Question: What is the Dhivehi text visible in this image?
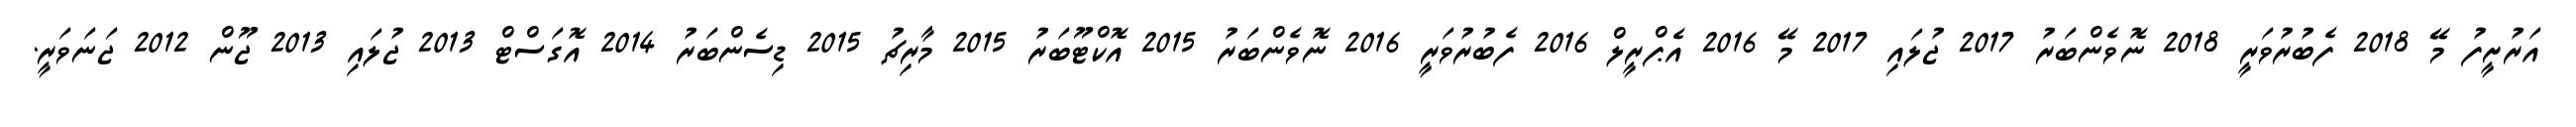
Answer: އަރުށީފު މޭ 2018 ފެބުރުވަރީ 2018 ނޮވެންބަރު 2017 ޖުލައި 2017 މޭ 2016 އެޕްރީލް 2016 ފެބުރުވަރީ 2016 ނޮވެންބަރު 2015 އޮކްޓޫބަރު 2015 މާރިޗު 2015 ޑިސެންބަރު 2014 އޮގަސްޓް 2013 ޖުލައި 2013 ޖޫން 2012 ޖަނަވަރީ.